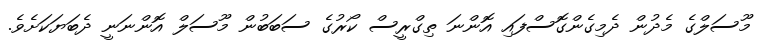
މޫސަލްގެ މެދުން ދެމިގެންގޮސްފައި އޮންނަ ތިގްރީސް ކޯރުގެ ސަބަބުން މޫސަލް އޮންނަނީ ދެބަޔަކަށެވެ.